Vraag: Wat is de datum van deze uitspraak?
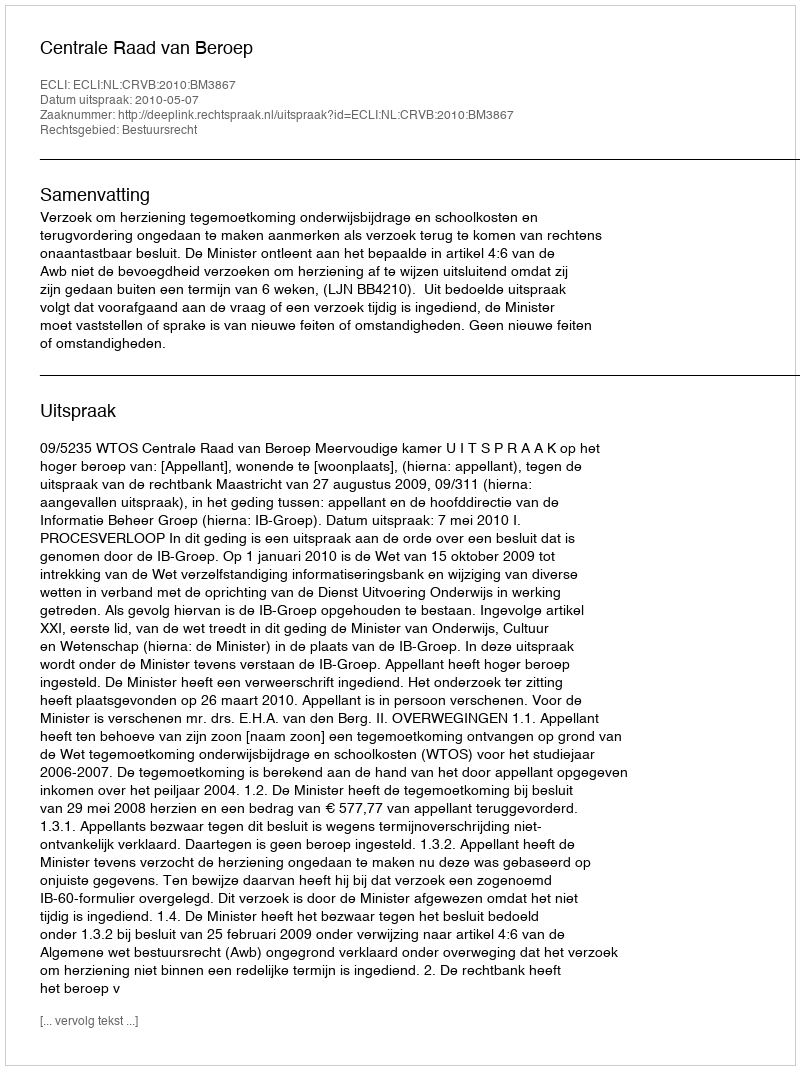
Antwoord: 2010-05-07